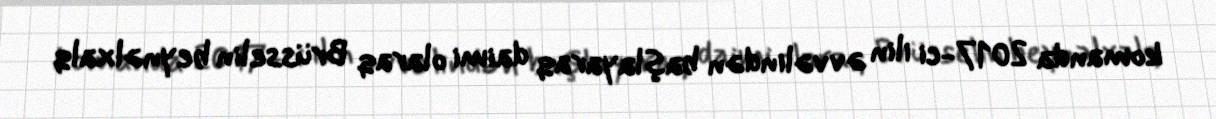
komanda 2017-ci ilin əvvəlindən başlayaraq daimi olaraq Brüsselin beynəlxalq